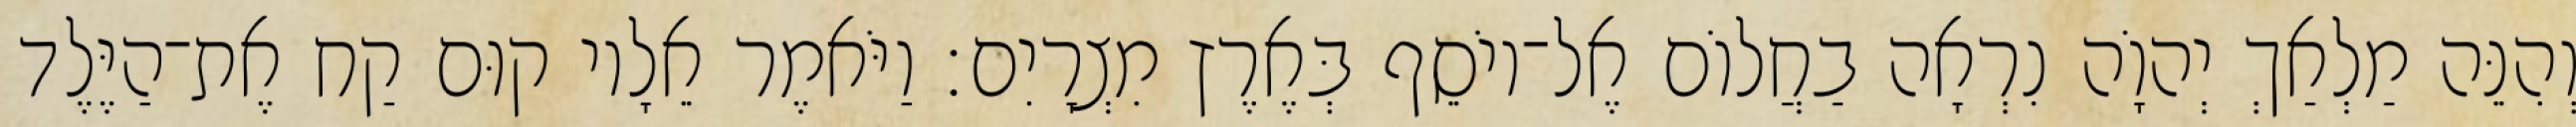
וְהִנֵּה מַלְאַךְ יְהוָֹה נִרְאָה בַחֲלוֹם אֶל־יוֹסֵף בְּאֶרֶץ מִצְרָיִם׃ וַיֹּאמֶר אֵלָיו קוּם קַח אֶת־הַיֶּלֶד